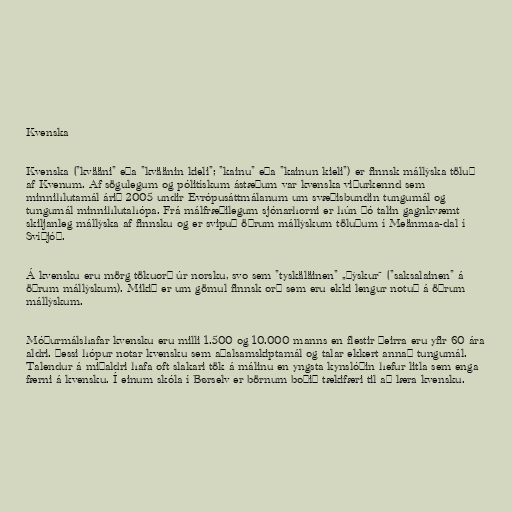
Kvenska

Kvenska ("kvääni" eða "kväänin kieli"; "kainu" eða "kainun kieli") er finnsk mállýska töluð
af Kvenum. Af sögulegum og pólitískum ástæðum var kvenska viðurkennd sem
minnihlutamál árið 2005 undir Evrópusáttmálanum um svæðisbundin tungumál og
tungumál minnihlutahópa. Frá málfræðilegum sjónarhorni er hún þó talin gagnkvæmt
skiljanleg mállýska af finnsku og er svipuð öðrum mállýskum töluðum í Meänmaa-dal í
Svíþjóð.

Á kvensku eru mörg tökuorð úr norsku, svo sem "tyskäläinen" „þýskur“ ("saksalainen" á
öðrum mállýskum). Mikið er um gömul finnsk orð sem eru ekki lengur notuð á öðrum
mállýskum.

Móðurmálshafar kvensku eru milli 1.500 og 10.000 manns en flestir þeirra eru yfir 60 ára
aldri. Þessi hópur notar kvensku sem aðalsamskiptamál og talar ekkert annað tungumál.
Talendur á miðaldri hafa oft slakari tök á málinu en yngsta kynslóðin hefur litla sem enga
færni á kvensku. Í einum skóla í Børselv er börnum boðið tækifæri til að læra kvensku.